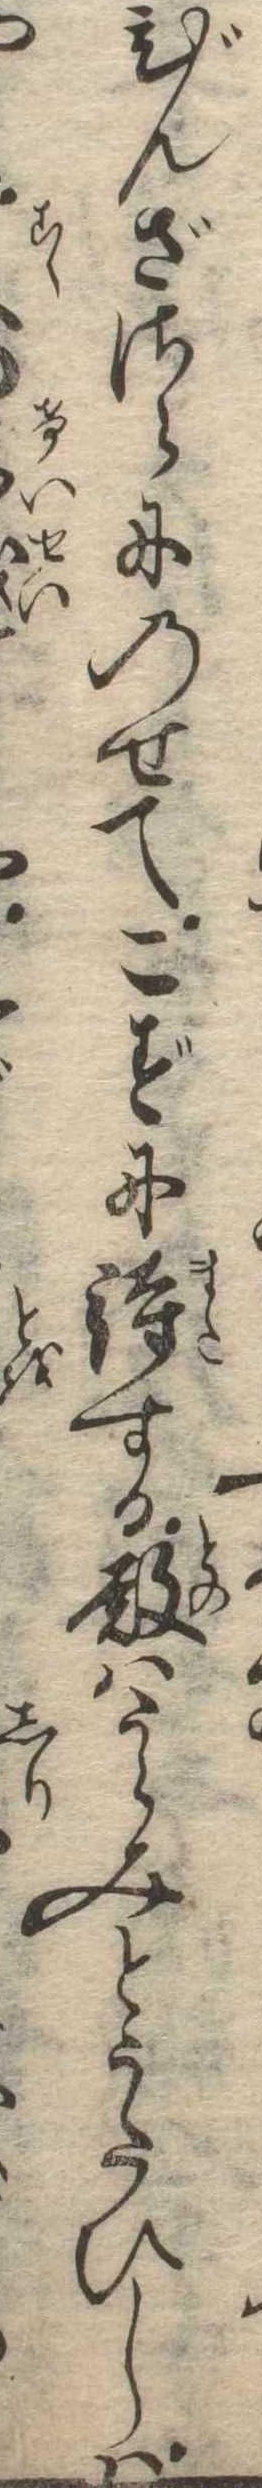
びんざさらにのせてこずに待する殿はうらみとうたひしは